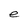
Character: e